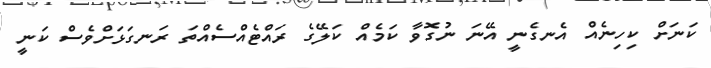
ކަނަށް ކިހިނެއް އެނގެނީ އޭނަ ނުގޮވާ ކަމެއް ކަލޭގެ ރައްޓެއްސެއްތަ ރަނގަޅަށްވެސް ކަނީ